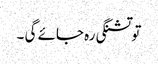
تو تشنگی رہ جائے گی ۔